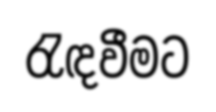
රැඳවීමට